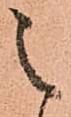
之